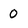
Character: 0